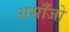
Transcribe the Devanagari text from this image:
असाँजो